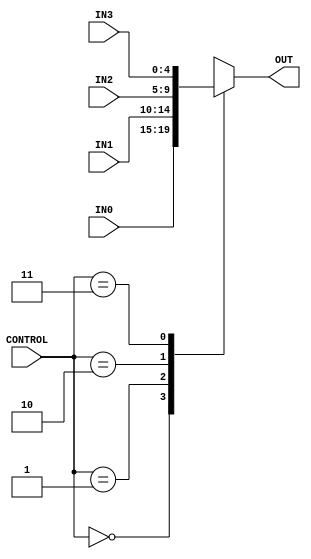
`timescale 1ns / 1ps
//////////////////////////////////////////////////////////////////////////////////
// Company: 
// Engineer: 
// 
// Design Name: 
// Module Name: Multiplexer_4way
// Project Name: 
// Target Devices: 
// Tool Versions: 
// Description: 
// 
// Dependencies: 
// 
// Revision:
// Revision 0.01 - File Created
// Additional Comments:
// 
//////////////////////////////////////////////////////////////////////////////////


module Multiplexer_4way(
    input [1:0] CONTROL,
    input [4:0] IN0,
    input [4:0] IN1,
    input [4:0] IN2,
    input [4:0] IN3,
    output reg [4:0] OUT
    );
    
    always@(
            CONTROL or
            IN0 or
            IN1 or
            IN2 or
            IN3)
            
            begin
                case(CONTROL)
                    2'b00 : OUT <= IN0;
                    2'b01 : OUT <= IN1;
                    2'b10 : OUT <= IN2;
                    2'b11 : OUT <= IN3;
                    default : OUT <= 5'b00000;
                endcase
            end
    
endmodule